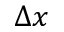
\Delta x